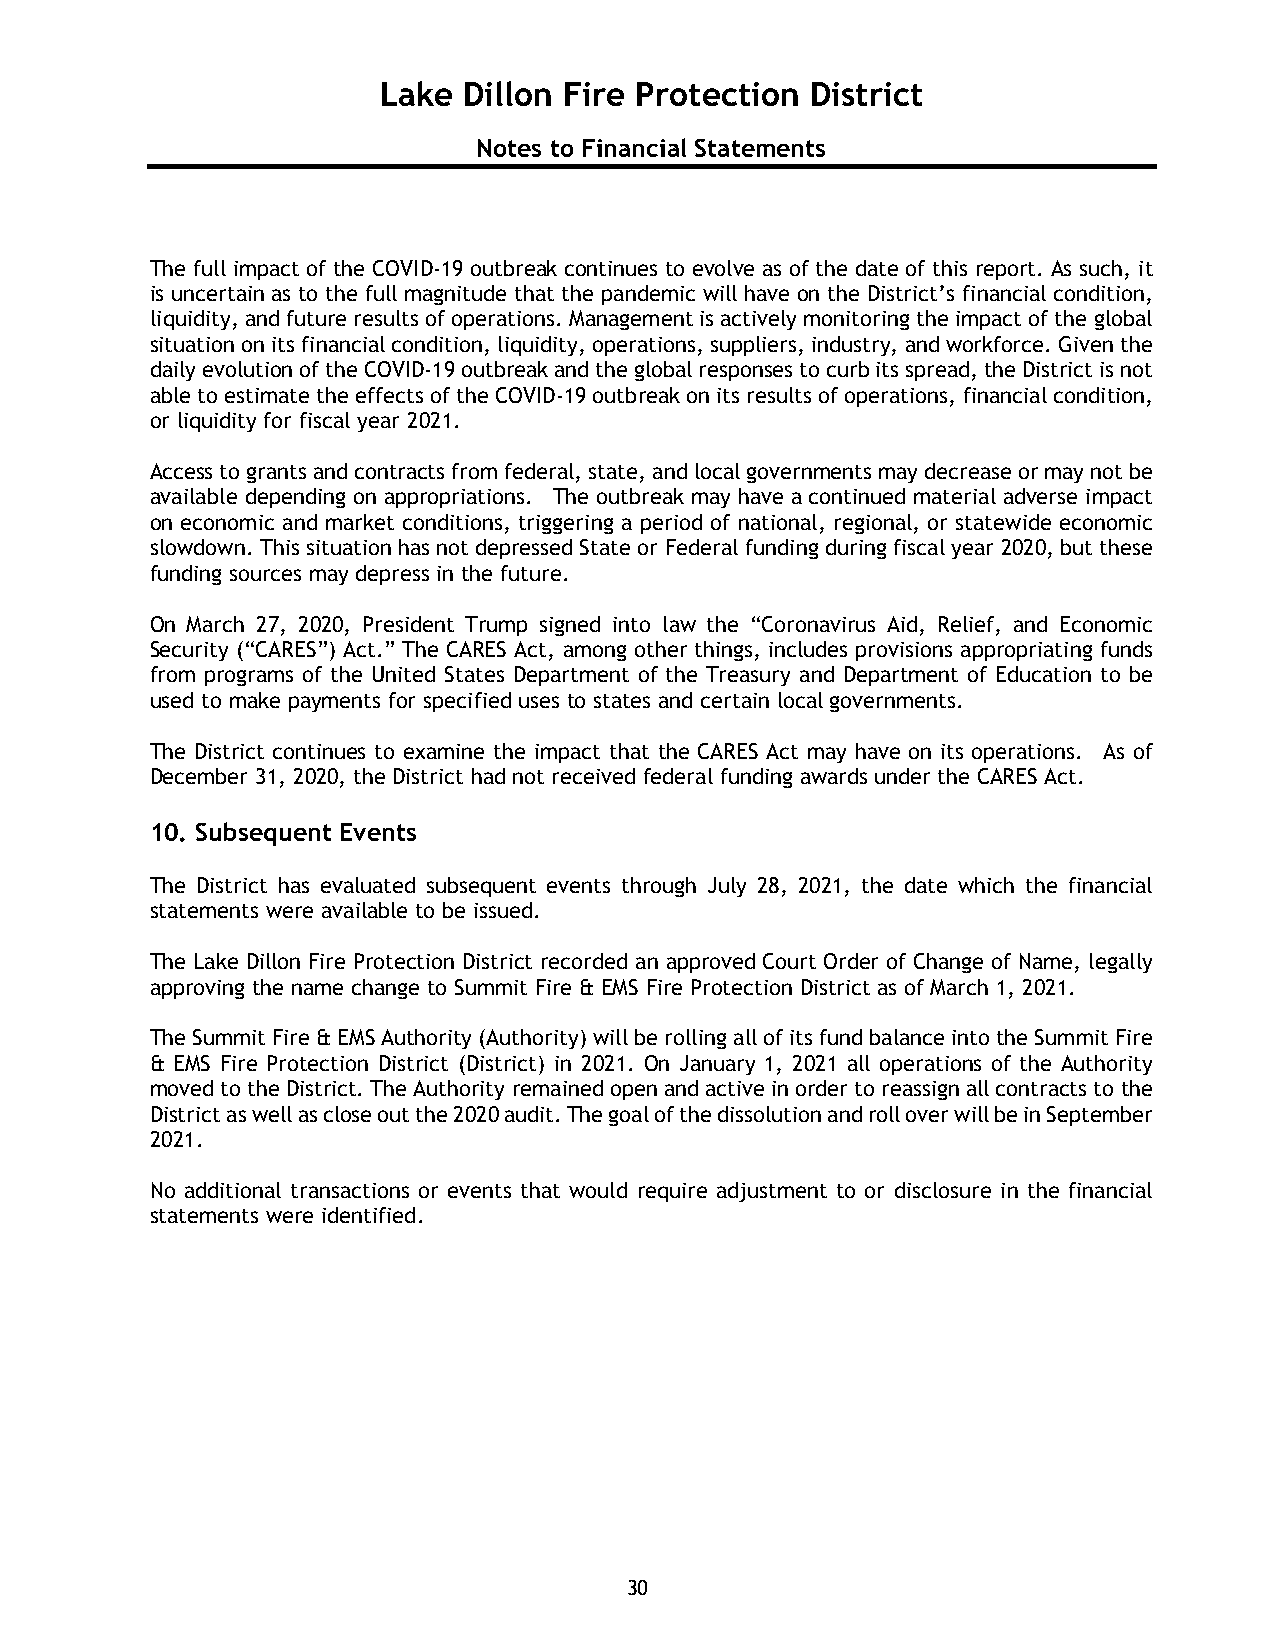
Lake  Dillon Fire Protection District
 Notes to Financial Statements
 The full impact of the COVID-19 outbreak continues to evolve as of the date of this report. As such, it
 is uncertain as to the full magnitude that the pandemic will have on the District’s financial condition,
 liquidity, and future results of operations. Management is actively monitoring the impact of the global
 situation on its financial condition, liquidity, operations, suppliers, industry, and workforce. Given the
 daily evolution of the COVID-19 outbreak and the global responses to curb its spread, the District is not
 able to estimate the effects of the COVID-19 outbreak on its results of operations, financial condition,
 or liquidity for fiscal year 2021.
 Access to grants and contracts from federal, state, and local governments may decrease or may not be
 available depending on appropriations. The outbreak may have a continued material adverse impact
 on economic and market conditions, triggering a period of national, regional, or statewide economic
 slowdown. This situation has not depressed State or Federal funding during fiscal year 2020, but these
 funding sources may depress in the future.
 On March 27, 2020, President Trump signed into law the “Coronavirus Aid, Relief, and Economic
 Security (“CARES”) Act.” The CARES Act, among other things, includes provisions appropriating funds
 from programs of the United States Department of the Treasury and Department of Education to be
 used to make payments for specified uses to states and certain local governments.
 The District continues to examine the impact that the CARES Act may have on its operations. As of
 December 31, 2020, the District had not received federal funding awards under the CARES Act.
 10. Subsequent Events
 The District has evaluated subsequent events through July 28, 2021, the date which the financial
 statements were available to be issued.
 The Lake Dillon Fire Protection District recorded an approved Court Order of Change of Name, legally
 approving the name change to Summit Fire & EMS Fire Protection District as of March 1, 2021.
 The Summit Fire & EMS Authority (Authority) will be rolling all of its fund balance into the Summit Fire
 & EMS Fire Protection District (District) in 2021. On January 1, 2021 all operations of the Authority
 moved to the District. The Authority remained open and active in order to reassign all contracts to the
 District as well as close out the 2020 audit. The goal of the dissolution and roll over will be in September
 2021.
 No additional transactions or events that would require adjustment to or disclosure in the financial
 statements were identified.
 30